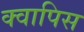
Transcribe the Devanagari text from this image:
क्वापिस